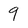
Character: 9